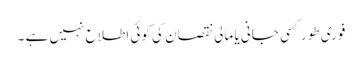
فوری طور کسی جانی یا مالی نقصان کی کوئی اطلاع نہیں ہے ۔